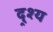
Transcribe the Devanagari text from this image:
द्र्श्य